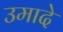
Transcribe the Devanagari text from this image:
उमादे